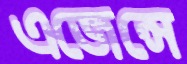
এজেন্সে